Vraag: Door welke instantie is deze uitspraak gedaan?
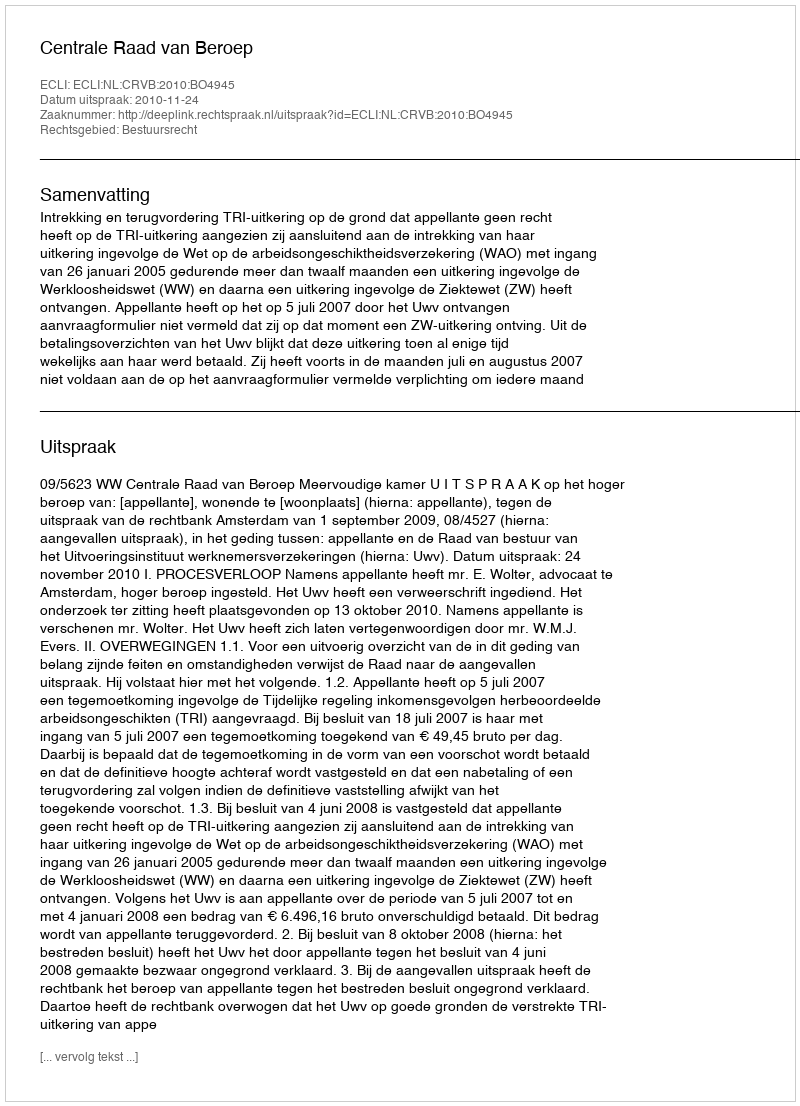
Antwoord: Centrale Raad van Beroep